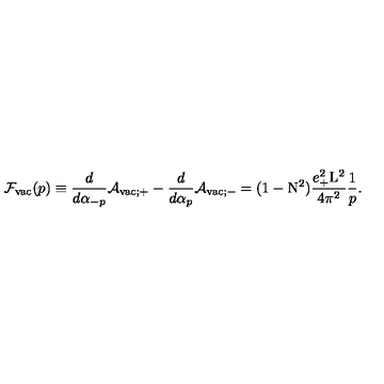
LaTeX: { \cal F } _ { \mathrm { v a c } } ( p ) \equiv \frac { d } { d { \alpha } _ { - p } } { \cal A } _ { \mathrm { v a c } ; + } - \frac { d } { d { \alpha } _ { p } } { \cal A } _ { \mathrm { v a c } ; - } = ( 1 - \mathrm { N } ^ { 2 } ) \frac { e _ { + } ^ { 2 } \mathrm { L } ^ { 2 } } { 4 { \pi } ^ { 2 } } \frac { 1 } { p } .